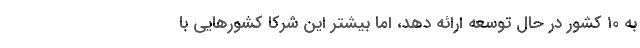
به ۱۰ کشور در حال توسعه ارائه دهد، اما بیشتر این شرکا کشورهایی با